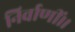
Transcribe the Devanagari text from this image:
निर्वाणीं।।